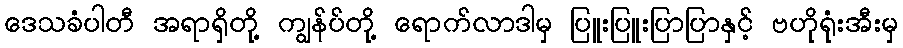
ဒေသခံပါတီ အရာရှိတို့ ကျွန်ပ်တို့ ရောက်လာဒါမှ ပြူးပြူးပြာပြာနှင့် ဗဟိုရုံးအီးမှ